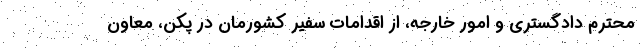
محترم دادگستری و امور خارجه، از اقدامات سفیر کشورمان در پکن، معاون